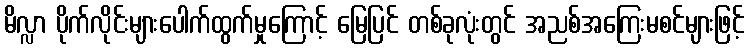
မိလ္လာ ပိုက်လိုင်းများပေါက်ထွက်မှုကြောင့် မြေပြင် တစ်ခုလုံးတွင် အညစ်အကြေးမစင်များဖြင့်